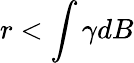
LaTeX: r<\int\gamma dB